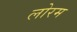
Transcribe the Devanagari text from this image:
लोरम